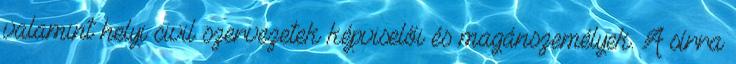
valamint helyi civil szervezetek képviselői és magánszemélyek. A sírra